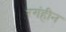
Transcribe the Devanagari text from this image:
रगंहीन